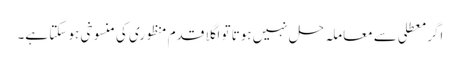
اگر معطلی سے معاملہ حل نہیں ہوتا تو اگلا قدم منظوری کی منسوخی ہو سکتا ہے۔